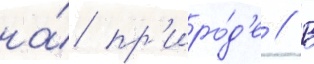
на́ пр'иро́д'е // В